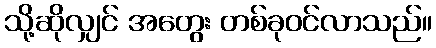
သို့ဆိုလျှင် အတွေး တစ်ခုဝင်လာသည်။